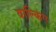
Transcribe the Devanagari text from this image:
वाल्किंग